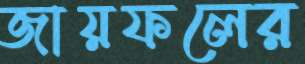
জায়ফলের